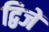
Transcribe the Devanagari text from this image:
द्विजें